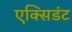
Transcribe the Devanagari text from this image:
एक्सिडंट